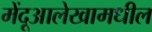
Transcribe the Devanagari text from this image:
मेंदूआलेखामधील